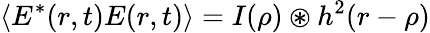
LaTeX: \langle E^{*}(r,t)E(r,t)\rangle=I(\rho)\circledast h^{2}(r-\rho)